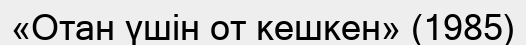
«Отан үшін от кешкен» (1985)